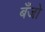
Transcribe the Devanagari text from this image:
बॅँजो